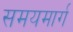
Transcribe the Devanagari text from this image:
समयमार्ग